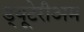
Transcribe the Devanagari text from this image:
ड्यूटेरीअम